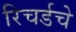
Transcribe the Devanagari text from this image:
रिचर्डचे